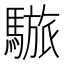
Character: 𩥆